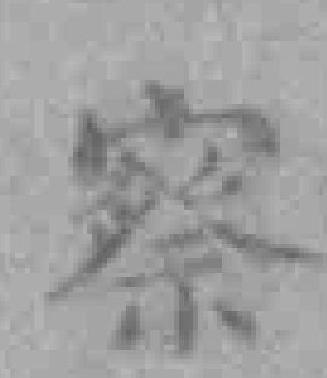
察